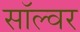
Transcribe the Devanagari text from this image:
सॉल्वर